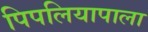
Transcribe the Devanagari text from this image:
पिपलियापाला